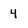
Character: 4